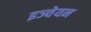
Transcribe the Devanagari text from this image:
इञ्चेयन